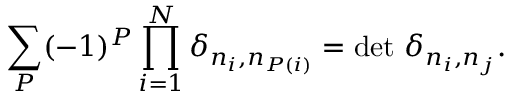
\sum _ { P } ( - 1 ) ^ { P } \prod _ { i = 1 } ^ { N } \delta _ { n _ { i } , n _ { P ( i ) } } = \operatorname * { d e t } \, \delta _ { n _ { i } , n _ { j } } .